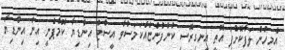
އެމީހުން ލަފާކޮށްފަ އޮތީ އިނގިރޭސި ކުންފުންޏެއްކަމަސްވާ އީސްޓް އިންޑިޔާ ކޮމްޕެނީ އިން އިންޑިޔާ